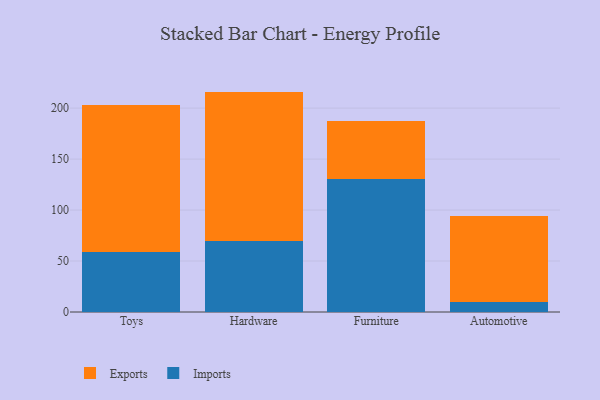
{"axis": {"x": "Category", "y": "Net Income (USD K)"}, "legend": ["Exports", "Imports"], "data": [{"x": "Toys", "y": 58.7, "type": "Imports"}, {"x": "Toys", "y": 144.7, "type": "Exports"}, {"x": "Hardware", "y": 69.3, "type": "Imports"}, {"x": "Hardware", "y": 146.9, "type": "Exports"}, {"x": "Furniture", "y": 130.9, "type": "Imports"}, {"x": "Furniture", "y": 56.0, "type": "Exports"}, {"x": "Automotive", "y": 9.5, "type": "Imports"}, {"x": "Automotive", "y": 84.6, "type": "Exports"}]}